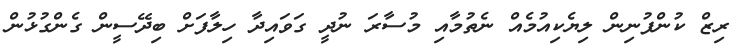
ރިޒް ކުންފުނިން ލިޔެކިއުމެއް ނެތުމާއި މުސާރަ ނުދީ ގަވައިދާ ހިލާފަށް ބިދޭސީން ގެންގުޅުން